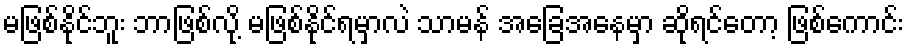
မဖြစ်နိုင်ဘူး ဘာဖြစ်လို့ မဖြစ်နိုင်ရမှာလဲ သာမန် အခြေအနေမှာ ဆိုရင်တော့ ဖြစ်ကောင်း